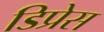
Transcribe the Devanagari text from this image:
डिप्रेस